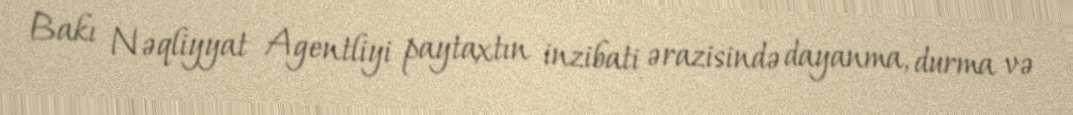
Bakı Nəqliyyat Agentliyi paytaxtın inzibati ərazisində dayanma, durma və